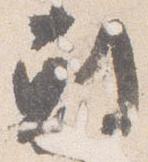
剋